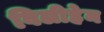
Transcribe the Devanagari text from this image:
विलीहेम